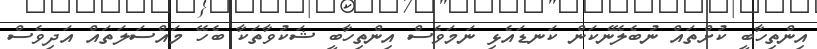
އިންތިހާބީ ކުށްތައް ނުބެލޭނެކަން ކަނޑައެޅި ނަމަވެސް އިންތިހާބީ ޝަކުވާތަކާ ބެހޭ މައްސަލަތައް އަދިވެސް